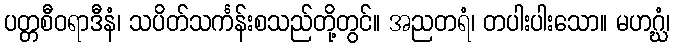
ပတ္တစီဝရာဒီနံ၊ သပိတ်သင်္ကန်းစသည်တို့တွင်။ အညတရံ၊ တပါးပါးသော။ မဟဂ္ဃံ၊